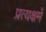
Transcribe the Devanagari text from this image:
प्रत्यक्षमें